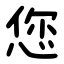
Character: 您